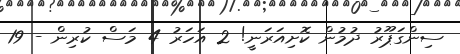
ސިންގަޕޫރު ދުމުން ކޮށިއަރަނީ! 2 އަހަރު 4 މަސް ކުރިން - 19